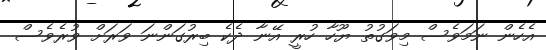
އެހެން ނަމަވެސް މިވަގުތު ޔޫހާ ހުރީ އޭނާ ދެކެ ބިރުގަންނަ ވަރަށް ވުރެވެސް